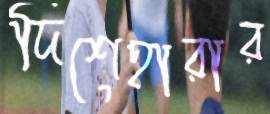
দিশেহারার